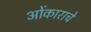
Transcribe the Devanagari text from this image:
ओंकाराचे